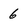
Character: 6